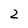
Character: 2